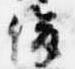
俊